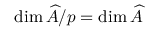
\dim { \widehat { A } } / p = \dim { \widehat { A } }